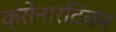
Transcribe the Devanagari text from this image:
क्रोनारटियम